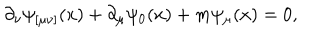
LaTeX: \partial _ { \nu } \psi _ { [ \mu \nu ] } ( x ) + \partial _ { \mu } \psi _ { 0 } ( x ) + m \psi _ { \mu } ( x ) = 0 ,